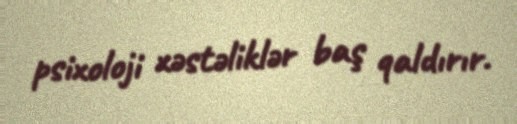
psixoloji xəstəliklər baş qaldırır.